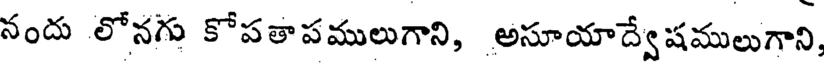
నందు లోనగు కోపతాపములుగాని, అసూయాద్వేషములుగాని,